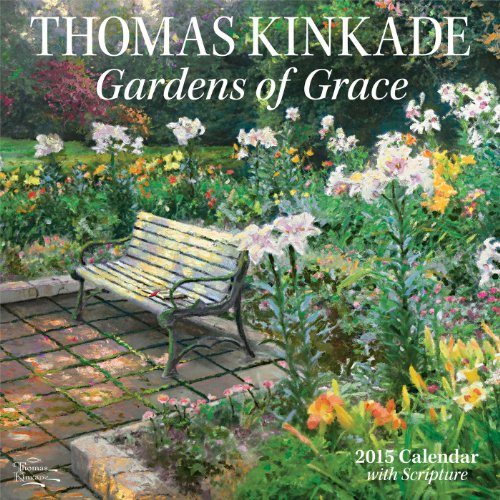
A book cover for Thomas Kinkade Gardens of Grace with Scripture 2015 Wall Calendar; Thomas Kinkade; Calendars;